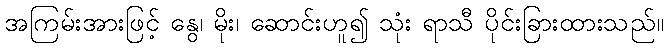
အကြမ်းအားဖြင့် နွေ၊ မိုး၊ ဆောင်းဟူ၍ သုံး ရာသီ ပိုင်းခြားထားသည်။